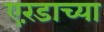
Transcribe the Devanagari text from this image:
एरंडाच्या